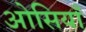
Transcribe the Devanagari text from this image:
ओसियाँ